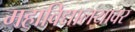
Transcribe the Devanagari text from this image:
महाविद्यालयावर